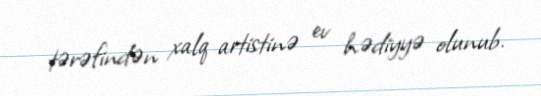
tərəfindən xalq artistinə ev hədiyyə olunub.